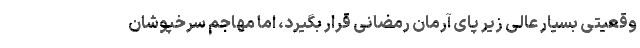
وقعیتی بسیار عالی زیر پای آرمان رمضانی قرار بگیرد، اما مهاجم سرخپوشان